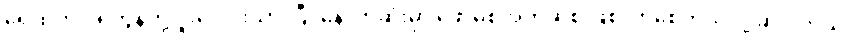
ရေထဲက ပရိုတွန်တို့ ပူးပေါင်းသွားပြီး နောက်ဆုံးမှာ ဖောမစ်အက်ဆစ် ဖြစ်လာစေတယ်လို့ ဆိုပါတယ်။